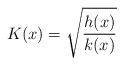
LaTeX: \begin{align*}K(x)=\sqrt{\frac{h(x)}{k(x)}}\end{align*}